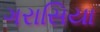
ગરાસિયા